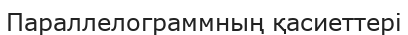
Параллелограммның қасиеттері